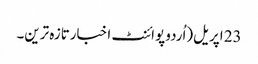
23 اپریل(اُردو پوائنٹ اخبارتازہ ترین۔